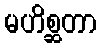
မဟိစ္ဆတာ